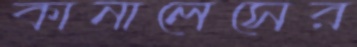
কানালেসের